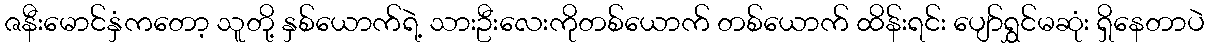
ဇနီးမောင်နှံကတော့ သူတို့ နှစ်ယောက်ရဲ့ သားဦးလေးကိုတစ်ယောက် တစ်ယောက် ထိန်းရင်း ပျော်ရွှင်မဆုံး ရှိနေတာပဲ